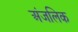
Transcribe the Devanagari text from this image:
अंजलिक